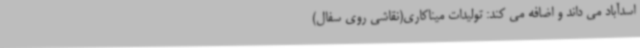
اسدآباد می داند و اضافه می کند: تولیدات میناکاری(نقاشی روی سفال)